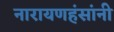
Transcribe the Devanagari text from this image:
नारायणहंसांनी